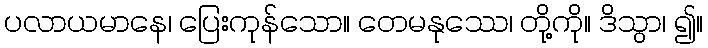
ပလာယမာနေ၊ ပြေးကုန်သော။ တေမနုဿေ၊ တို့ကို။ ဒိသွာ၊ ၍။